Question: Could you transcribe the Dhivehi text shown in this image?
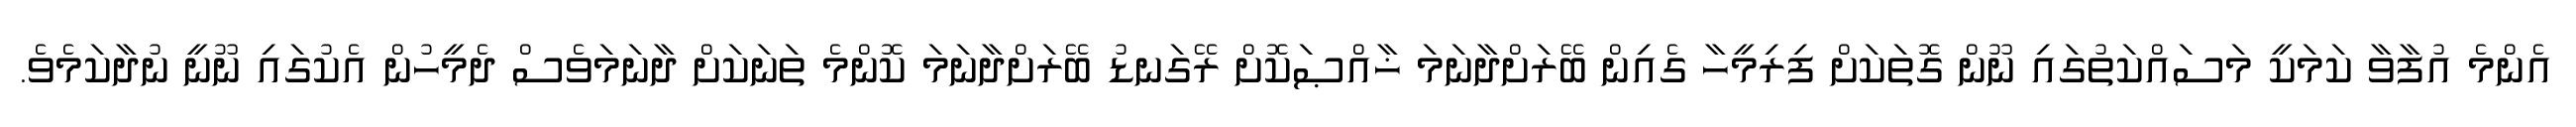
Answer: އެންމެ އުފާވާ ކަމަކީ މަސައްކަތުގައި ނޫން ގޮތަކަށް ފިރިމީހާ ގެއިން ބޭރަށްދާނަމަ ޚާއްޞަކޮށް ރޭގަނޑު ބޭރަށްދާނަމަ ކޮންމެ ތަނަކަށް ދާނަމަވެސް ދެމީހުން އެކުގައި ނޫނީ ނުދާކަމެވެ.